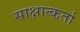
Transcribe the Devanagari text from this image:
साक्षात्कर्ता